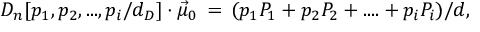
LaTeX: { D } _ { n } [ p _ { 1 } , p _ { 2 } , . . . , p _ { i } / d _ { D } ] \cdot \vec { \mu } _ { 0 } \, = \, ( p _ { 1 } P _ { 1 } + p _ { 2 } P _ { 2 } + . . . . + p _ { i } P _ { i } ) / d ,